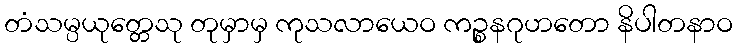
တံသမ္ပယုတ္တေသု တုမှာမှ ကုသလာယေဝ ကဉ္စနဂုဟတော နိပါတနာဝ